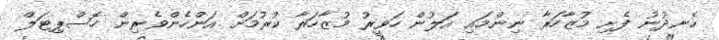
ހެނދުނު ފެށި މުޒާހަރާ ނިންމައި އަލުން ހަވީރު މުޒާހަރާ ކުރުމަށް އަންހެންވެރިން ހޮސްޕިޓަލް